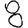
Digit: 8